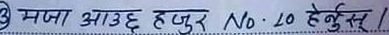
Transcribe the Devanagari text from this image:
मजा आउछ हजुर No. ८० हेर्नुस् /